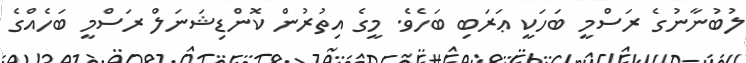
ލުުބުނާނުގެ ރަސްމީ ބަހަކީ ޢަރަބި ބަހެވެ. މީގެ އިތުރުން ކޮންޑިޝަނަލް ރަސްމީ ބަހެއްގެ